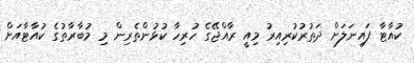
ކުއާޓާ ފައިނަލަށް ދަތުރުކުރިއިރު މިއީ ރާއްޖޭގެ ހުރިހާ ކުޅުންތެރިން މި މުބާރާތުގެ ކުއާޓާއަށް